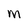
Character: m